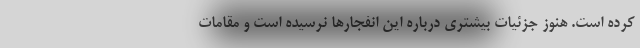
کرده است. هنوز جزئیات بیشتری درباره این انفجارها نرسیده است و مقامات